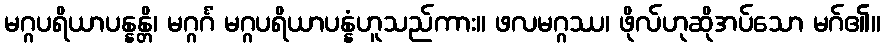
မဂ္ဂပရိယာပန္နန္တိ၊ မဂ္ဂင်္ဂံ မဂ္ဂပရိယာပန္နံဟူသည်ကား။ ဖလမဂ္ဂဿ၊ ဖိုလ်ဟုဆိုအပ်သော မဂ်၏။